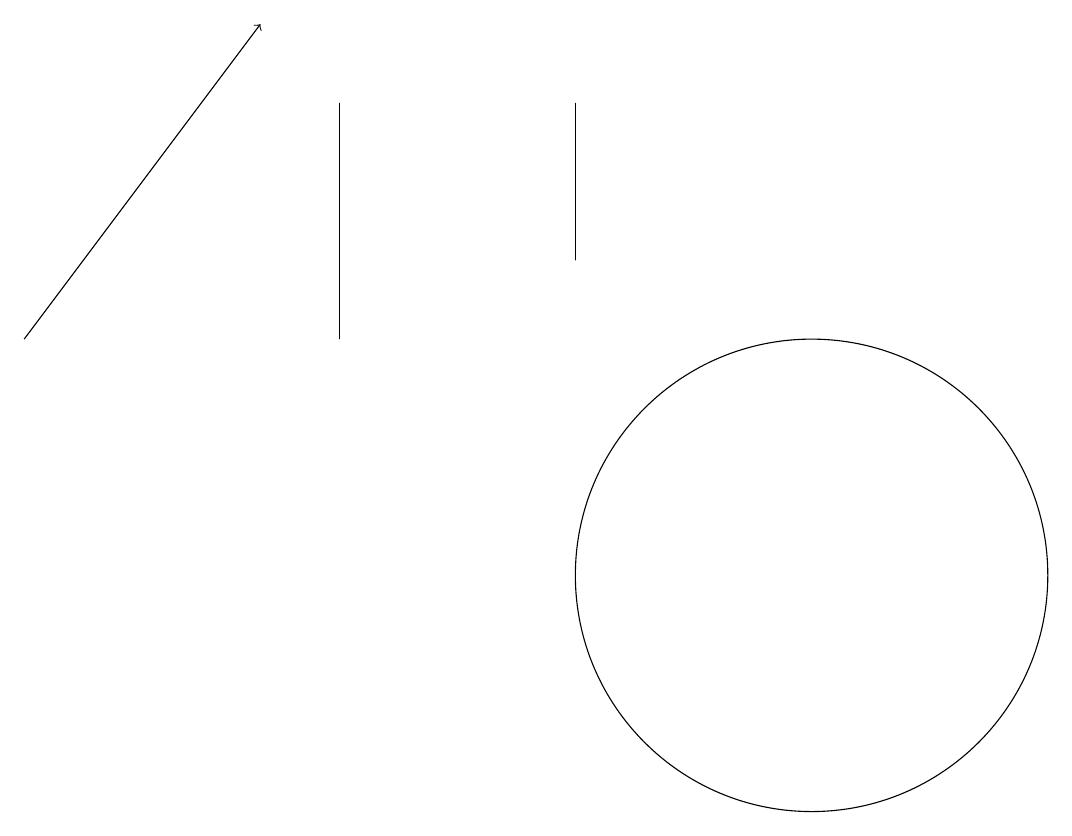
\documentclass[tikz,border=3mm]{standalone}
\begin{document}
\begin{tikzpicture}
\draw[->] (2,13) -- (5,17);
\draw (12,10) circle (3);
\draw (6,13) rectangle (6,16);
\draw (9,16) rectangle (9,14);
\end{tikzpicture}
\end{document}